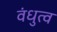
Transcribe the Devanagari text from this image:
वंधुत्व